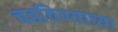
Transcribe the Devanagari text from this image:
चढविण्याच्या